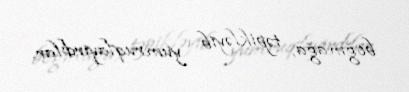
boğmağa, təpikləyib yumruqlayırdılar.